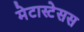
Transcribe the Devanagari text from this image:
मेटास्टेसस